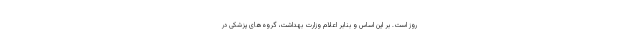
روز است. بر این اساس و بنابر اعلام وزارت بهداشت، گروه‌های پزشکی در